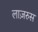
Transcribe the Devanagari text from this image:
लाज़रुस